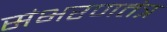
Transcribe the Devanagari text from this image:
संभरणतंत्र